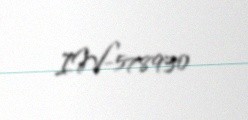
IW-578930